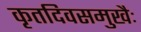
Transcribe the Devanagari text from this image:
कृतदिवसमुखैः